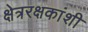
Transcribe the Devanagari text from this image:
क्षेत्ररक्षकांशी